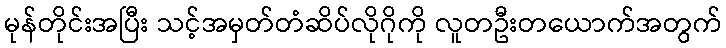
မုန်တိုင်းအပြီး သင့်အမှတ်တံဆိပ်လိုဂိုကို လူတဦးတယောက်အတွက်